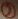
Text: 7